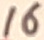
Text: 16